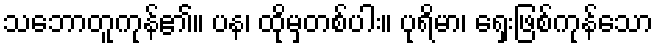
သဘောတူကုန်၏။ ပန၊ ထိုမှတစ်ပါး။ ပုရိမာ၊ ရှေးဖြစ်ကုန်သော